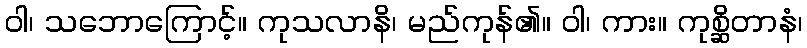
ဝါ၊ သဘောကြောင့်။ ကုသလာနိ၊ မည်ကုန်၏။ ဝါ၊ ကား။ ကုစ္ဆိတာနံ၊